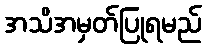
အသိအမှတ်ပြုရမည်